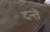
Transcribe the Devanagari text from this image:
दन्तॆ